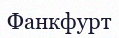
Фанкфурт